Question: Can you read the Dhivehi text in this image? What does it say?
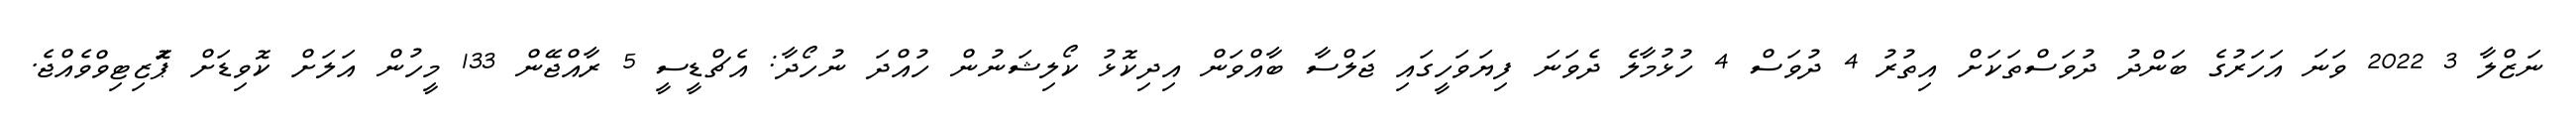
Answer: ނަޒްލާ 3 2022 ވަނަ އަހަރުގެ ބަންދު ދުވަސްތަކަށް އިތުރު 4 ދުވަސް 4 ހުޅުމާލެ ދެވަނަ ފިޔަވަހީގައި ޖަލްސާ ބާއްވަން އިދިކޮޅު ކޯލިޝަނުން ހުއްދަ ނުހޯދާ: އެޗްޑީސީ 5 ރާއްޖޭން 133 މީހުން އަލަށް ކޮވިޑަށް ޕަޮޒިޓިވްވެއްޖެ.